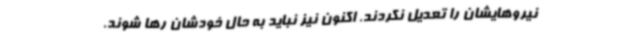
نیروهایشان را تعدیل نکردند. اکنون نیز نباید به حال خودشان رها شوند.